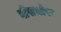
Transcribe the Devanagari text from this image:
बीसचोफ